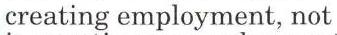
creating employment, not